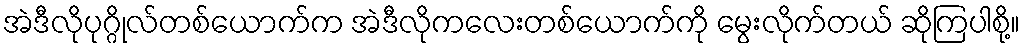
အဲဒီလိုပုဂ္ဂိုလ်တစ်ယောက်က အဲဒီလိုကလေးတစ်ယောက်ကို မွေးလိုက်တယ် ဆိုကြပါစို့။